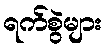
ရက်စွဲများ